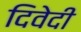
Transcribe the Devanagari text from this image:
दिवेदी